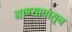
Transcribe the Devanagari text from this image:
नाण्यापासून